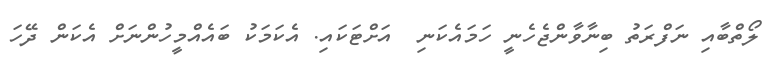
ލޯތްބާއި ނަފްރަތު ބިނާވާންޖެހެނީ ހަމައެކަނި  އަށްޓަކައި. އެކަމަކު ބައެއްމީހުންނަށް އެކަން ދޭހަ